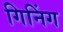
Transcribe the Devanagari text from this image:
गिनिंग